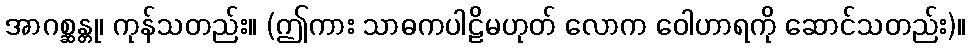
အာဂစ္ဆန္တု၊ ကုန်သတည်း။ (ဤကား သာဓကပါဠိမဟုတ် လောက ဝေါဟာရကို ဆောင်သတည်း)။